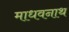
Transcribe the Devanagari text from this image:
माधवनाथ